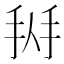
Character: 𢬛